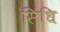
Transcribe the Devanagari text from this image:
सिंधि